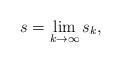
LaTeX: \begin{align*}s = \lim_{k \rightarrow \infty} s_k,\end{align*}